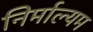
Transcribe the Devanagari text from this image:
निर्माल्यम